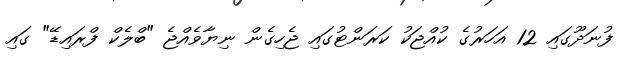
ފުނަދޫގައި 12 އަހަރުގެ ކުއްޖަކު ކަރަންޓުގައި ޖެހިގެން ނިޔާވެއްޖެ "ބްލެކް ފްރައިޑޭ" ގައި